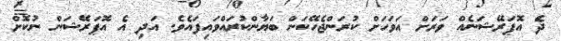
ދެ އޮޕަރޭޝަނެއް ވަރަށް އަވަހަށް ކުރަންޖެހޭކަން ބަޔާންކުރައްވައިފައެވެ. އަދި އެ އޮޕަރޭޝަން ނުކޮށް